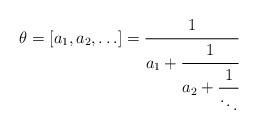
LaTeX: \begin{align*} \theta=[a_1,a_2,\ldots ]=\cfrac{1}{a_1 + \cfrac{1}{a_2 + \cfrac{1}{\ddots}}}\end{align*}